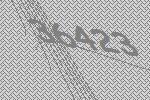
36423